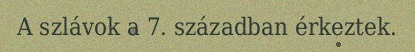
A szlávok a 7. században érkeztek.